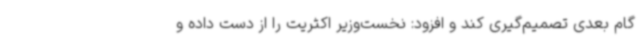
گام بعدی تصمیم‌گیری کند و افزود: نخست‌وزیر اکثریت را از دست داده و